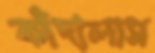
কাঁদালাম